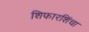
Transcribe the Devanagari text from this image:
शिफारशिंचा